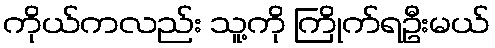
ကိုယ်ကလည်း သူ့ကို ကြိုက်ရဦးမယ်